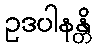
ဥဒပါနန္တိ